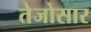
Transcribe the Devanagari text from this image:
तेजोसार